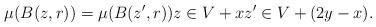
LaTeX: \begin{align*}\mu(B(z,r))=\mu(B(z',r))z\in V+xz'\in V+(2y-x).\end{align*}